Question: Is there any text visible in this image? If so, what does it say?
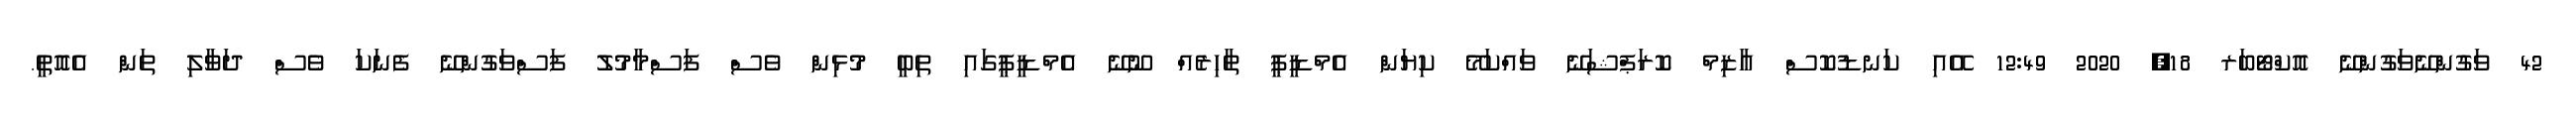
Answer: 42 ވަގުންނޭވަގުންނޭ އޮކްޓޯބަރ 18, 2020 12:49 އޭއި ކަނޑުކޮސް އާޒިމް ކޮރަޕްޝަނޭ ވައްކަމޭ ކިޔަން އެމްޑީޕީ ތާހިރެއް ނޫނޭ އެމްޑީޕީގައި ތިބީ މުޅިން ވެސް ފަސްމާމުލު ފަސްވަގުންނޭ ފެނަކަ ވެސް ދަވާލި ތަން އެއޮތީ.